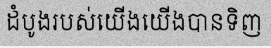
ដំបូងរបស់យើងយើងបានទិញ